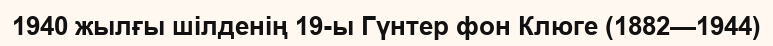
1940 жылғы шілденің 19-ы Гүнтер фон Клюге (1882—1944)